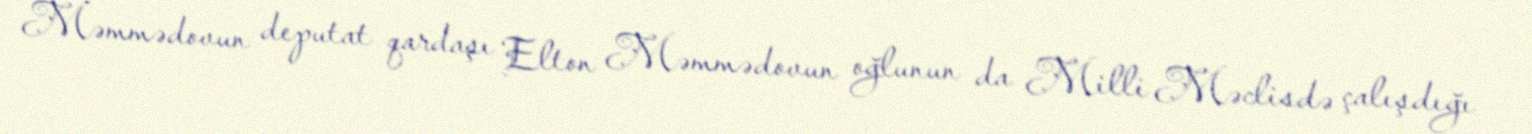
Məmmədovun deputat qardaşı Elton Məmmədovun oğlunun da Milli Məclisdə çalışdığı